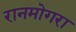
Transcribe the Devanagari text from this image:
रानमोगरा